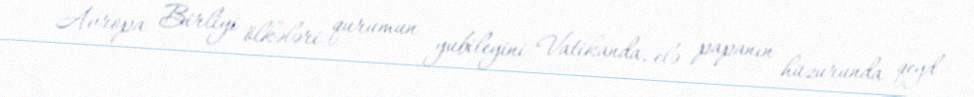
Avropa Birliyi ölkələri qurumun yubileyini Vatikanda, elə papanın hüzurunda qeyd